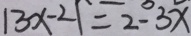
\vert 3 x - 2 \vert = 2 - 3 x